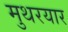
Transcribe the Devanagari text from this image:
मुथरयार